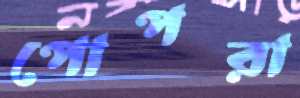
পোপরা